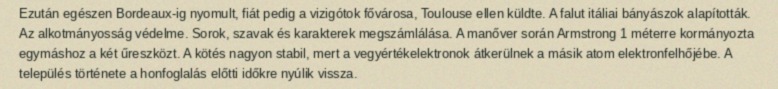
Ezután egészen Bordeaux-ig nyomult, fiát pedig a vizigótok fővárosa, Toulouse ellen küldte. A falut itáliai bányászok alapították. Az alkotmányosság védelme. Sorok, szavak és karakterek megszámlálása. A manőver során Armstrong 1 méterre kormányozta egymáshoz a két űreszközt. A kötés nagyon stabil, mert a vegyértékelektronok átkerülnek a másik atom elektronfelhőjébe. A település története a honfoglalás előtti időkre nyúlik vissza.